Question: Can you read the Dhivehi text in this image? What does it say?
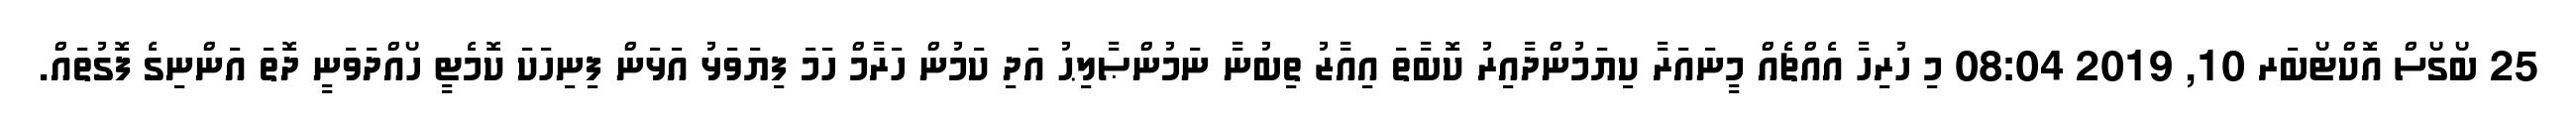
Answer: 25 ބޯގޯސް އޮކްޓޯބަރ 10, 2019 08:04 މި ހުރިހާ އެއްޗެއް މީނައަރާ ކިޔަމުންދާއިރު ކޮބާތަ އިއާޒު ތިބުނާ ނަމުންޞާލިޙު އަދި ކަމުން ހަރާމް ހަމަ ފިޔަވަޅު އަޅަން ފިނިހަކަ ކޮމެޓީ ހޯއްދަވަނީ ދޮތަ އަންނިގެ ފޮގުތައް.